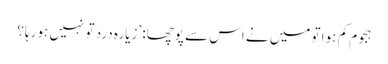
ہجوم کم ہوا تو میں نے اس سے پوچھا: ’زیارہ درد تو نہیں ہو رہا؟